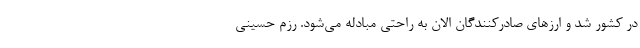
در کشور شد و ارزهای صادرکنندگان الان به راحتی مبادله می‌شود. رزم حسینی